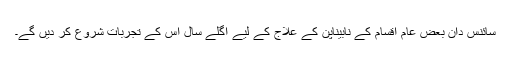
سائنس دان بعض عام اقسام کے نابیناپن کے علاج کے لیے اگلے سال اس کے تجربات شروع کر دیں گے۔